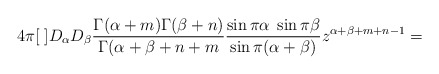
\begin{align*}4\pi[\;]D_{\alpha}D_{\beta}\frac {\Gamma(\alpha+m)\Gamma(\beta+n)}{\Gamma(\alpha+\beta+n+m}\frac {\sin\pi\alpha\;\sin\pi\beta} {\sin\pi(\alpha+\beta)}z^{\alpha+\beta+m+n-1}=\end{align*}